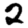
Digit: 2